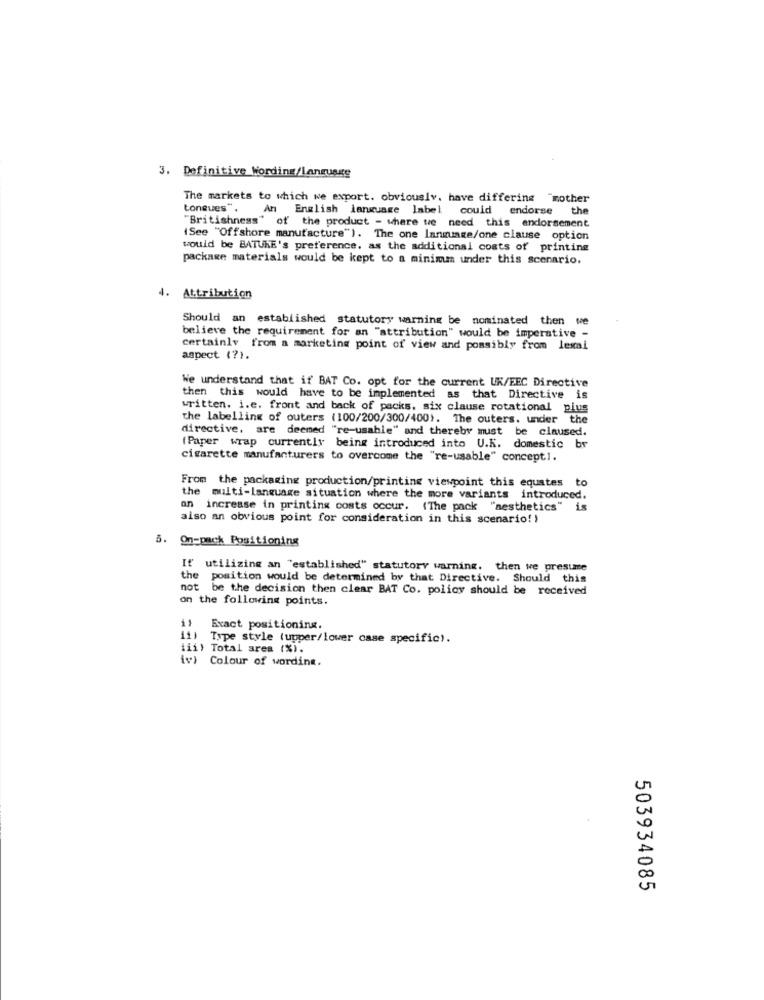
3. Definitive Wording/Language
The markets to which we export. obviously. have differing "mother
toneues".
An English language label could endorse t
"Britishness" of the product - where we need this endorsement
(See "Offshore manufacture"). The one language/one clause option
would be BATUKE's preference. as the additional costs of printing
package materials would be kept to a minimm under this scenario.
. Attribution
Should an established statutory warning be nominated then we
believe the requirement for an "attribution" would be imperative -
certainly from a marketing point of view and possibly from lesal
aspect (?).
We understand that if BAT Co. opt for the current UK/EEC Directive
then this would have to be implemented as that Directive is
written. i.e. front and back of packs, six clause rotational plus
the labelling of outers (100/200/300/400). The outers. under the
directive, are deemed "re-usable" and thereby must be claused.
(Paper wrap currently being introduced into U.K. domestic br
cigarette manufacturers to overcome the "re-usable" concept1.
From the packaging production/printing viewpoint this equates to
the multi-language situation where the more variants introduced.
n increase in printing costs occur. (The pack "aesthetics"
also an obvious point for consideration in this scenario! )
3.
On-pack Positioning
If utilizing an "established" statutory warning. then we presume
the
position would be determined by that Directive. Should this
not
be the decision then clear BAT Co. policy should be received
on the following points.
Exact positioning.
11)
Type style (upper/lower case specific).
iii) Total area (%).
iv) Colour of wording.
503934085